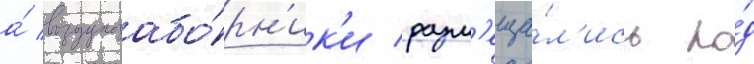
а́ воздухозабо́рн'ик'и разм'еща́л'ись по́д